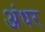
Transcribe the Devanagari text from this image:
अंधर